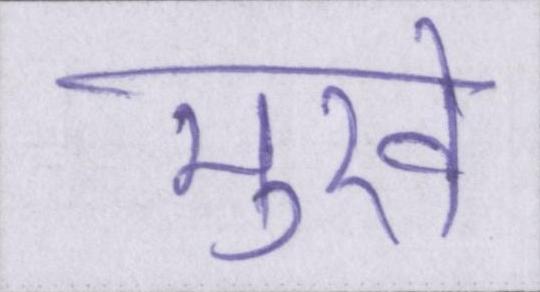
मुखे